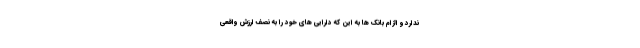
ندارد و الزام بانک ها به این که دارایی های خود را به نصف ارزش واقعی